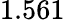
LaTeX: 1.561